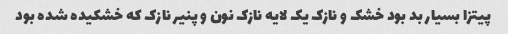
پیتزا بسیار بد بود خشک و نازک یک لایه نازک نون و پنیر نازک که خشکیده شده بود